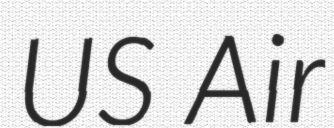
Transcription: US Air